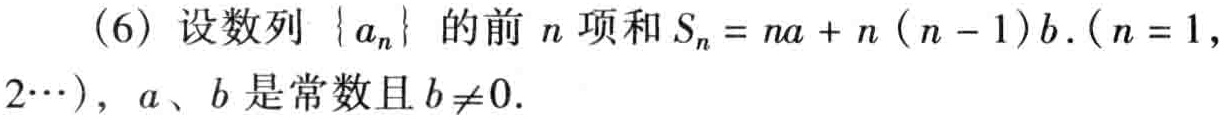
(6) 设数列\(\{ a_{n}\}\)的前\(n\)项和\(S_{n}=na + n(n - 1)b.(n = 1,2\cdots)\)，\(a\)、\(b\)是常数且\(b\neq0\).